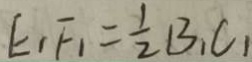
E _ { 1 } F _ { 1 } = \frac { 1 } { 2 } B _ { 1 } C _ { 1 }